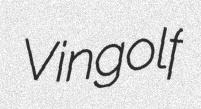
Vingolf